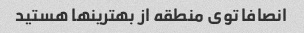
انصافا توی منطقه از بهترینها هستید